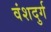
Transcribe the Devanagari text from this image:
वंशदुर्ग